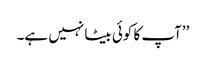
’’آپ کا کوئی بیٹا نہیں ہے۔